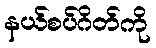
နယ်စပ်ဂိတ်ကို